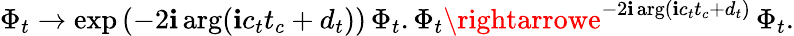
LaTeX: \Phi_{t}\rightarrow\exp\left(-2\mathbf{i}\arg(\mathbf{i}c_{t}t_{c}+d_{t})\right)\, \Phi_{t}.\Phi_{t}\rightarrowe^{-2\mathbf{i}\arg(\mathbf{i}c_{t}t_{c}+d_{t})}\, \Phi_{t}.